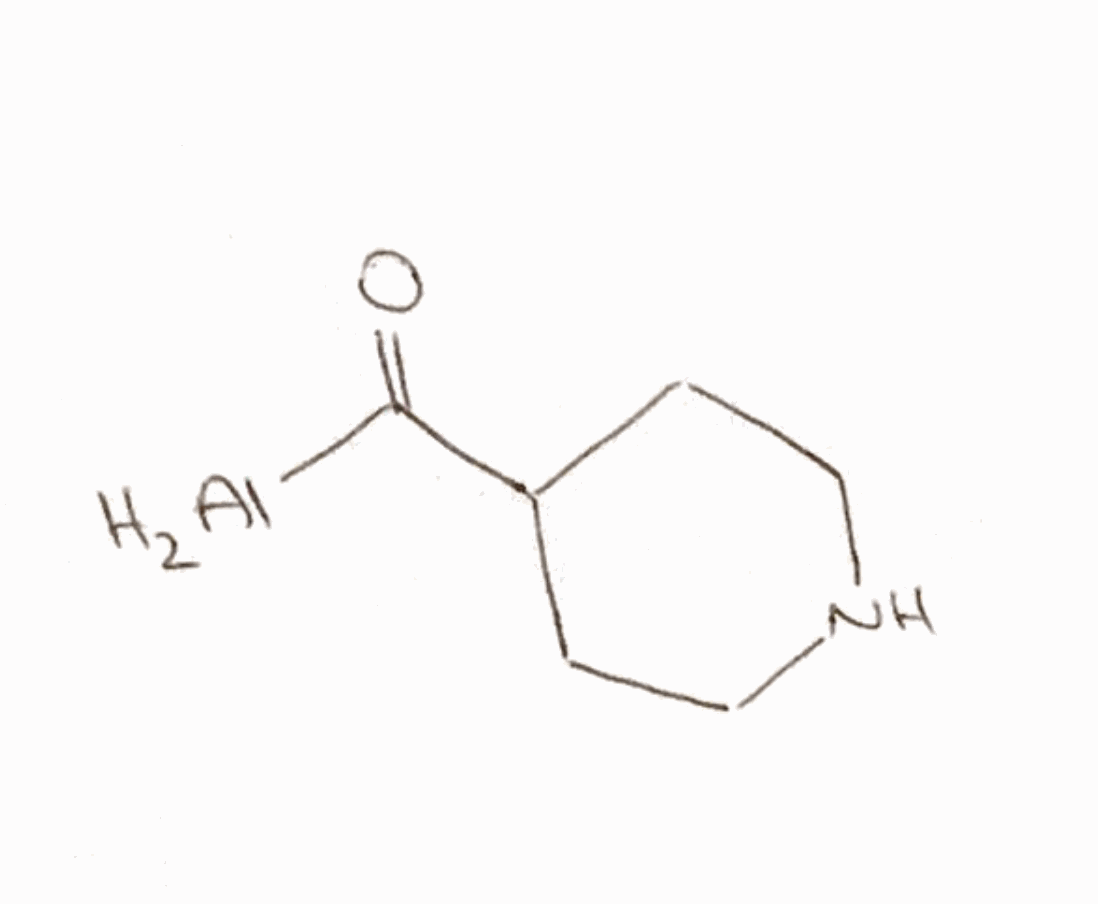
Simplified molecular-input line-entry system (SMILES) notation of the given molecule:
C1CNCCC1C(=O)[AlH2]